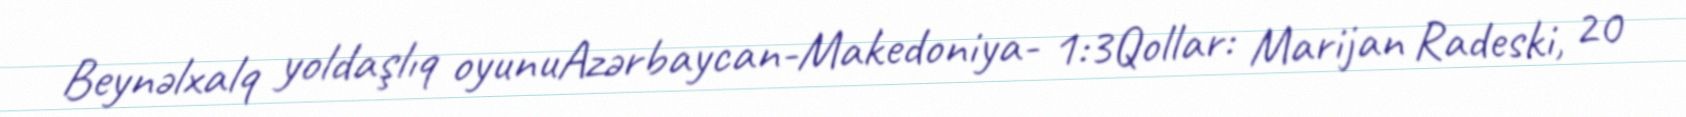
Beynəlxalq yoldaşlıq oyunuAzərbaycan-Makedoniya- 1:3Qollar: Marijan Radeski, 20